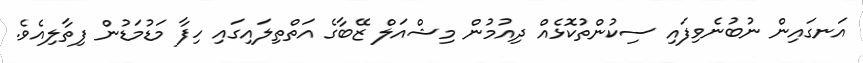
އަނގައިން ނުބުނެވިފައި ސިކުންތުކޮޅެއް ދިއުމުން މިޝްއަލް ޒޭބާގެ އަތްތިލައިގައި ހިފާ މަޑުމަޑުން ފިތާލިއެވެ.